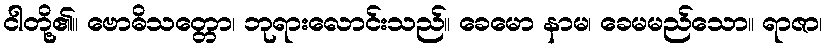
ငါတို့၏။ ဗောဓိသတ္တော၊ ဘုရားလောင်းသည်။ ခေမော နာမ၊ ခေမမည်သော။ ရာဇာ၊